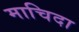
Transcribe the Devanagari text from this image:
माचिदा